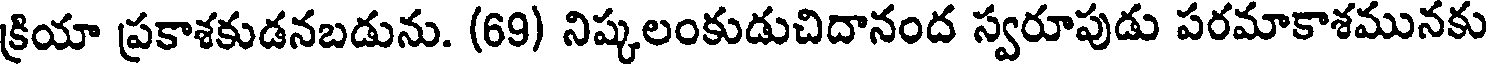
క్రియా ప్రకాశకుడనబడును. (69) నిష్కలంకుడుచిదానంద స్వరూపుడు పరమాకాశమునకు